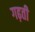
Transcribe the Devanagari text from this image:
गढ़ती